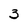
Character: 3